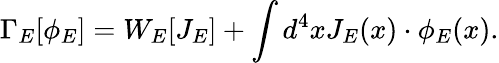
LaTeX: \Gamma_{E}[\phi_{E}]=W_{E}[J_{E}]+\int d^{4}xJ_{E}(x)\cdot\phi_{E}(x).